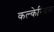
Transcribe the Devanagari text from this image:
कल्केरियस